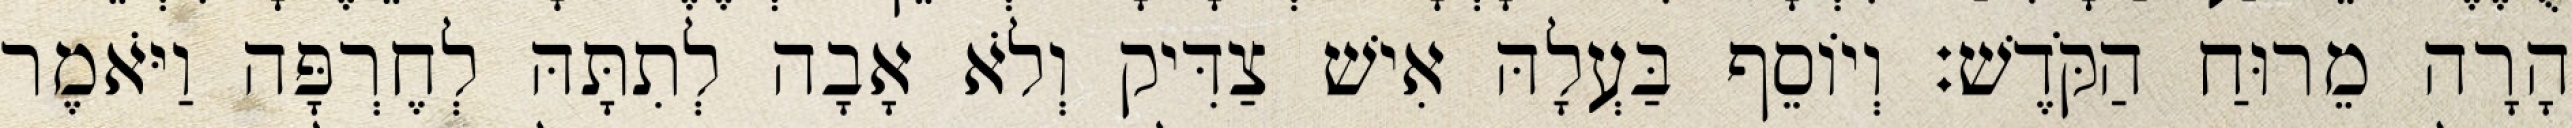
הָרָה מֵרוּחַ הַקֹּדֶשׁ׃ וְיוֹסֵף בַּעְלָהּ אִישׁ צַדִּיק וְלֹא אָבָה לְתִתָּהּ לְחֶרְפָּה וַיֹּאמֶר